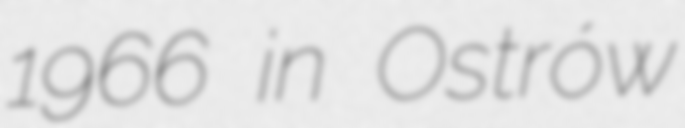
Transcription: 1966 in Ostrów